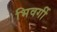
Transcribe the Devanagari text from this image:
भिवर्गी